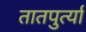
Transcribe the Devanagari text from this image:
तातपुर्त्या